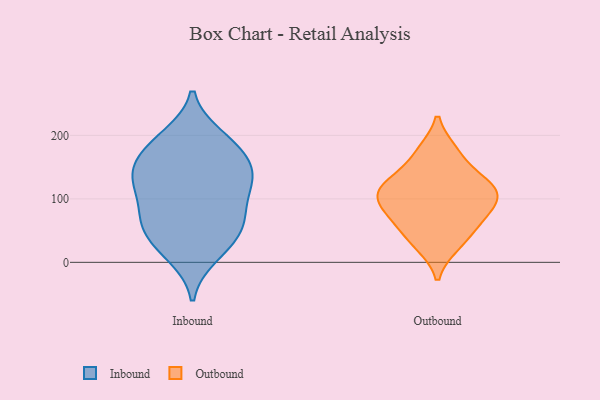
{"axis": {"x": "Waste Production (Tons)", "y": "Value"}, "legend": ["Inbound", "Outbound"], "data": [{"x": "", "y": 149, "type": "Inbound"}, {"x": "", "y": 17, "type": "Inbound"}, {"x": "", "y": 197, "type": "Inbound"}, {"x": "", "y": 116, "type": "Inbound"}, {"x": "", "y": 181, "type": "Inbound"}, {"x": "", "y": 114, "type": "Inbound"}, {"x": "", "y": 128, "type": "Inbound"}, {"x": "", "y": 58, "type": "Inbound"}, {"x": "", "y": 173, "type": "Inbound"}, {"x": "", "y": 199, "type": "Inbound"}, {"x": "", "y": 130, "type": "Inbound"}, {"x": "", "y": 41, "type": "Inbound"}, {"x": "", "y": 10, "type": "Inbound"}, {"x": "", "y": 152, "type": "Inbound"}, {"x": "", "y": 72, "type": "Inbound"}, {"x": "", "y": 47, "type": "Inbound"}, {"x": "", "y": 67, "type": "Inbound"}, {"x": "", "y": 144, "type": "Inbound"}, {"x": "", "y": 83, "type": "Inbound"}, {"x": "", "y": 97, "type": "Outbound"}, {"x": "", "y": 125, "type": "Outbound"}, {"x": "", "y": 30, "type": "Outbound"}, {"x": "", "y": 92, "type": "Outbound"}, {"x": "", "y": 174, "type": "Outbound"}, {"x": "", "y": 103, "type": "Outbound"}, {"x": "", "y": 175, "type": "Outbound"}, {"x": "", "y": 70, "type": "Outbound"}, {"x": "", "y": 102, "type": "Outbound"}, {"x": "", "y": 135, "type": "Outbound"}, {"x": "", "y": 117, "type": "Outbound"}, {"x": "", "y": 59, "type": "Outbound"}, {"x": "", "y": 125, "type": "Outbound"}, {"x": "", "y": 27, "type": "Outbound"}, {"x": "", "y": 64, "type": "Outbound"}]}